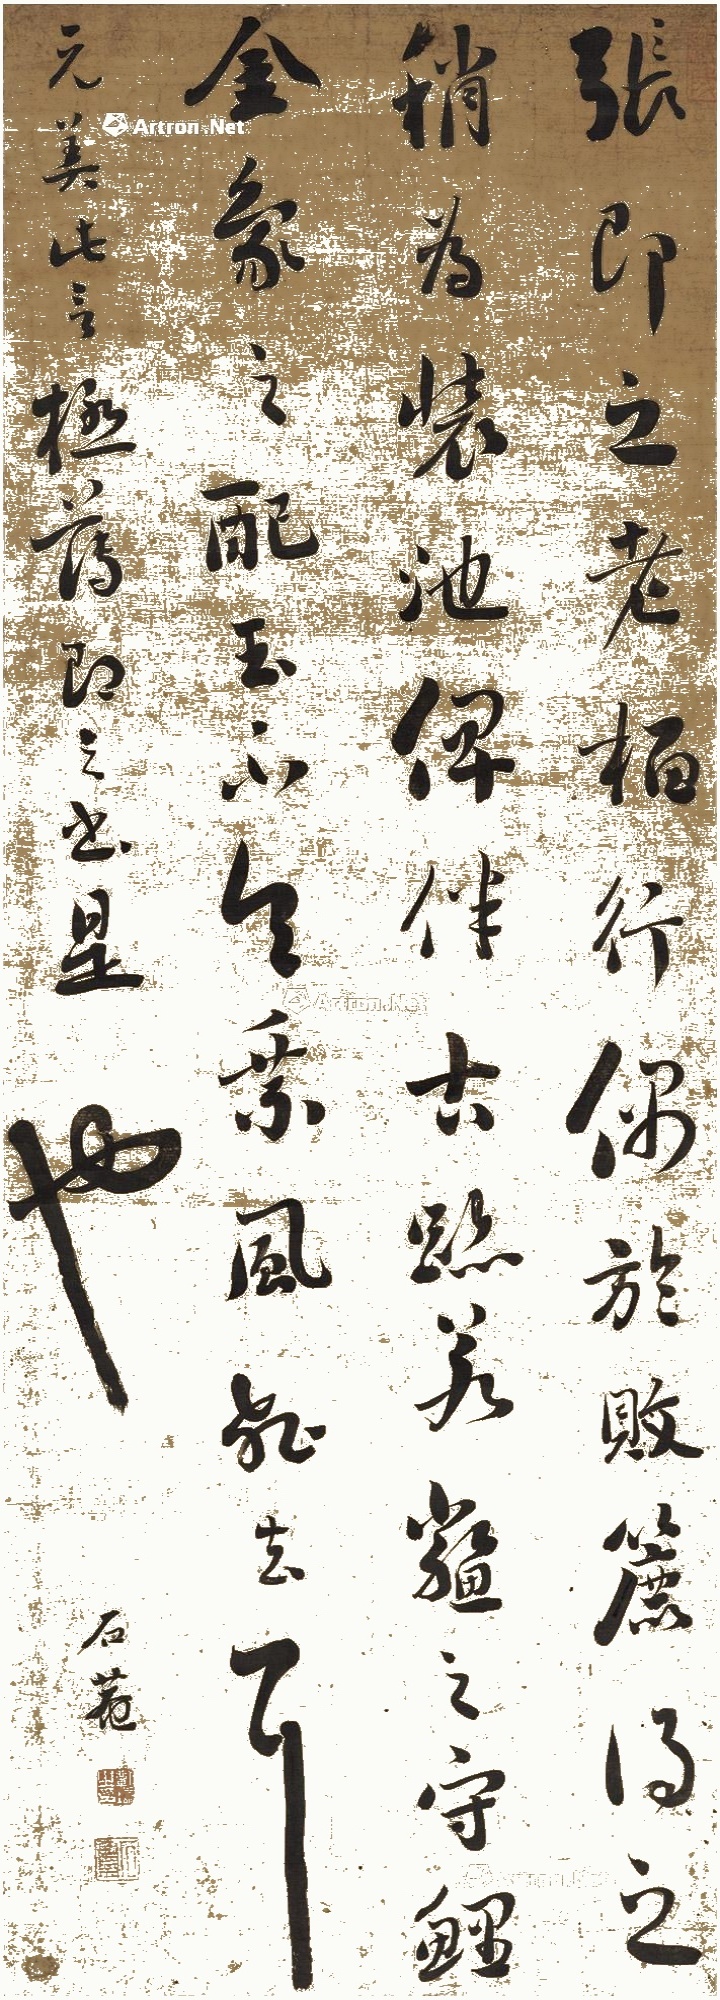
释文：张即之老柏行，偶于败簏得之，稍为装池，俾伴古迹，若鳖之守鲤，金象之配玉，不令乘风飞去耳。元美此言极薄即之书是也。石庵。